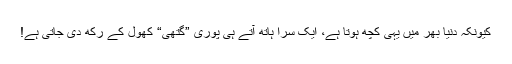
کیونکہ دنیا بھر میں یہی کچھ ہوتا ہے، ایک سرا ہاتھ آتے ہی پوری ”گتھی“ کھول کے رکھ دی جاتی ہے!